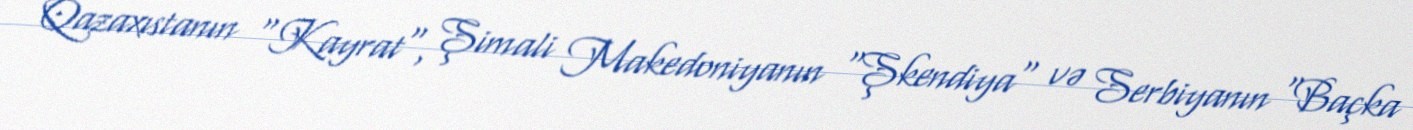
Qazaxıstanın "Kayrat", Şimali Makedoniyanın "Şkendiya" və Serbiyanın "Baçka